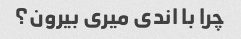
چرا با اندی میری بیرون؟